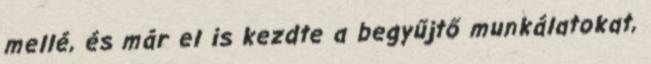
mellé, és már el is kezdte a begyűjtő munkálatokat,